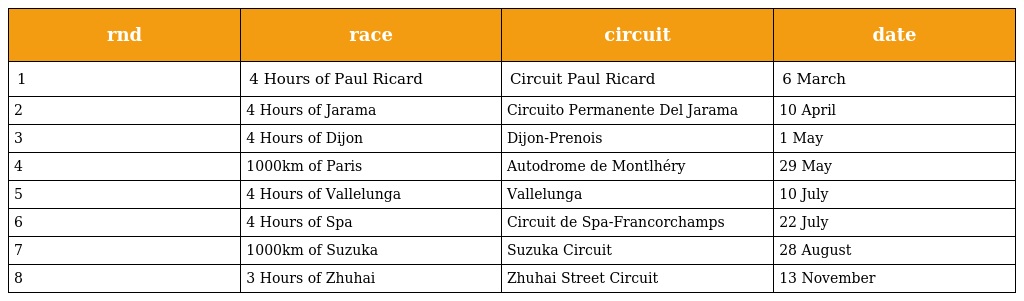
| rnd | race | circuit | date |
 | --- | --- | --- | --- |
 | 1 | 4 Hours of Paul Ricard | Circuit Paul Ricard | 6 March |
 | 2 | 4 Hours of Jarama | Circuito Permanente Del Jarama | 10 April |
 | 3 | 4 Hours of Dijon | Dijon-Prenois | 1 May |
 | 4 | 1000km of Paris | Autodrome de Montlhéry | 29 May |
 | 5 | 4 Hours of Vallelunga | Vallelunga | 10 July |
 | 6 | 4 Hours of Spa | Circuit de Spa-Francorchamps | 22 July |
 | 7 | 1000km of Suzuka | Suzuka Circuit | 28 August |
 | 8 | 3 Hours of Zhuhai | Zhuhai Street Circuit | 13 November |